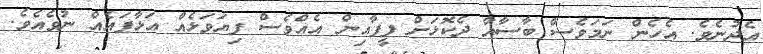
އެދުނެވެ. އެހެން ނަމަވެސް ބާސާއާ ދެކޮޅަށް ފީފާއިން އެއްވެސް ފިޔަވަޅެއް އަޅާފައެއް ނުވެއެވެ.